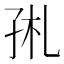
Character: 𡥑